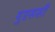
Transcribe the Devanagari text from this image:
युएससी